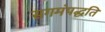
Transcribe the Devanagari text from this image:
सगमंपद्धति